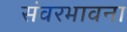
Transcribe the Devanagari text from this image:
संवरभावना